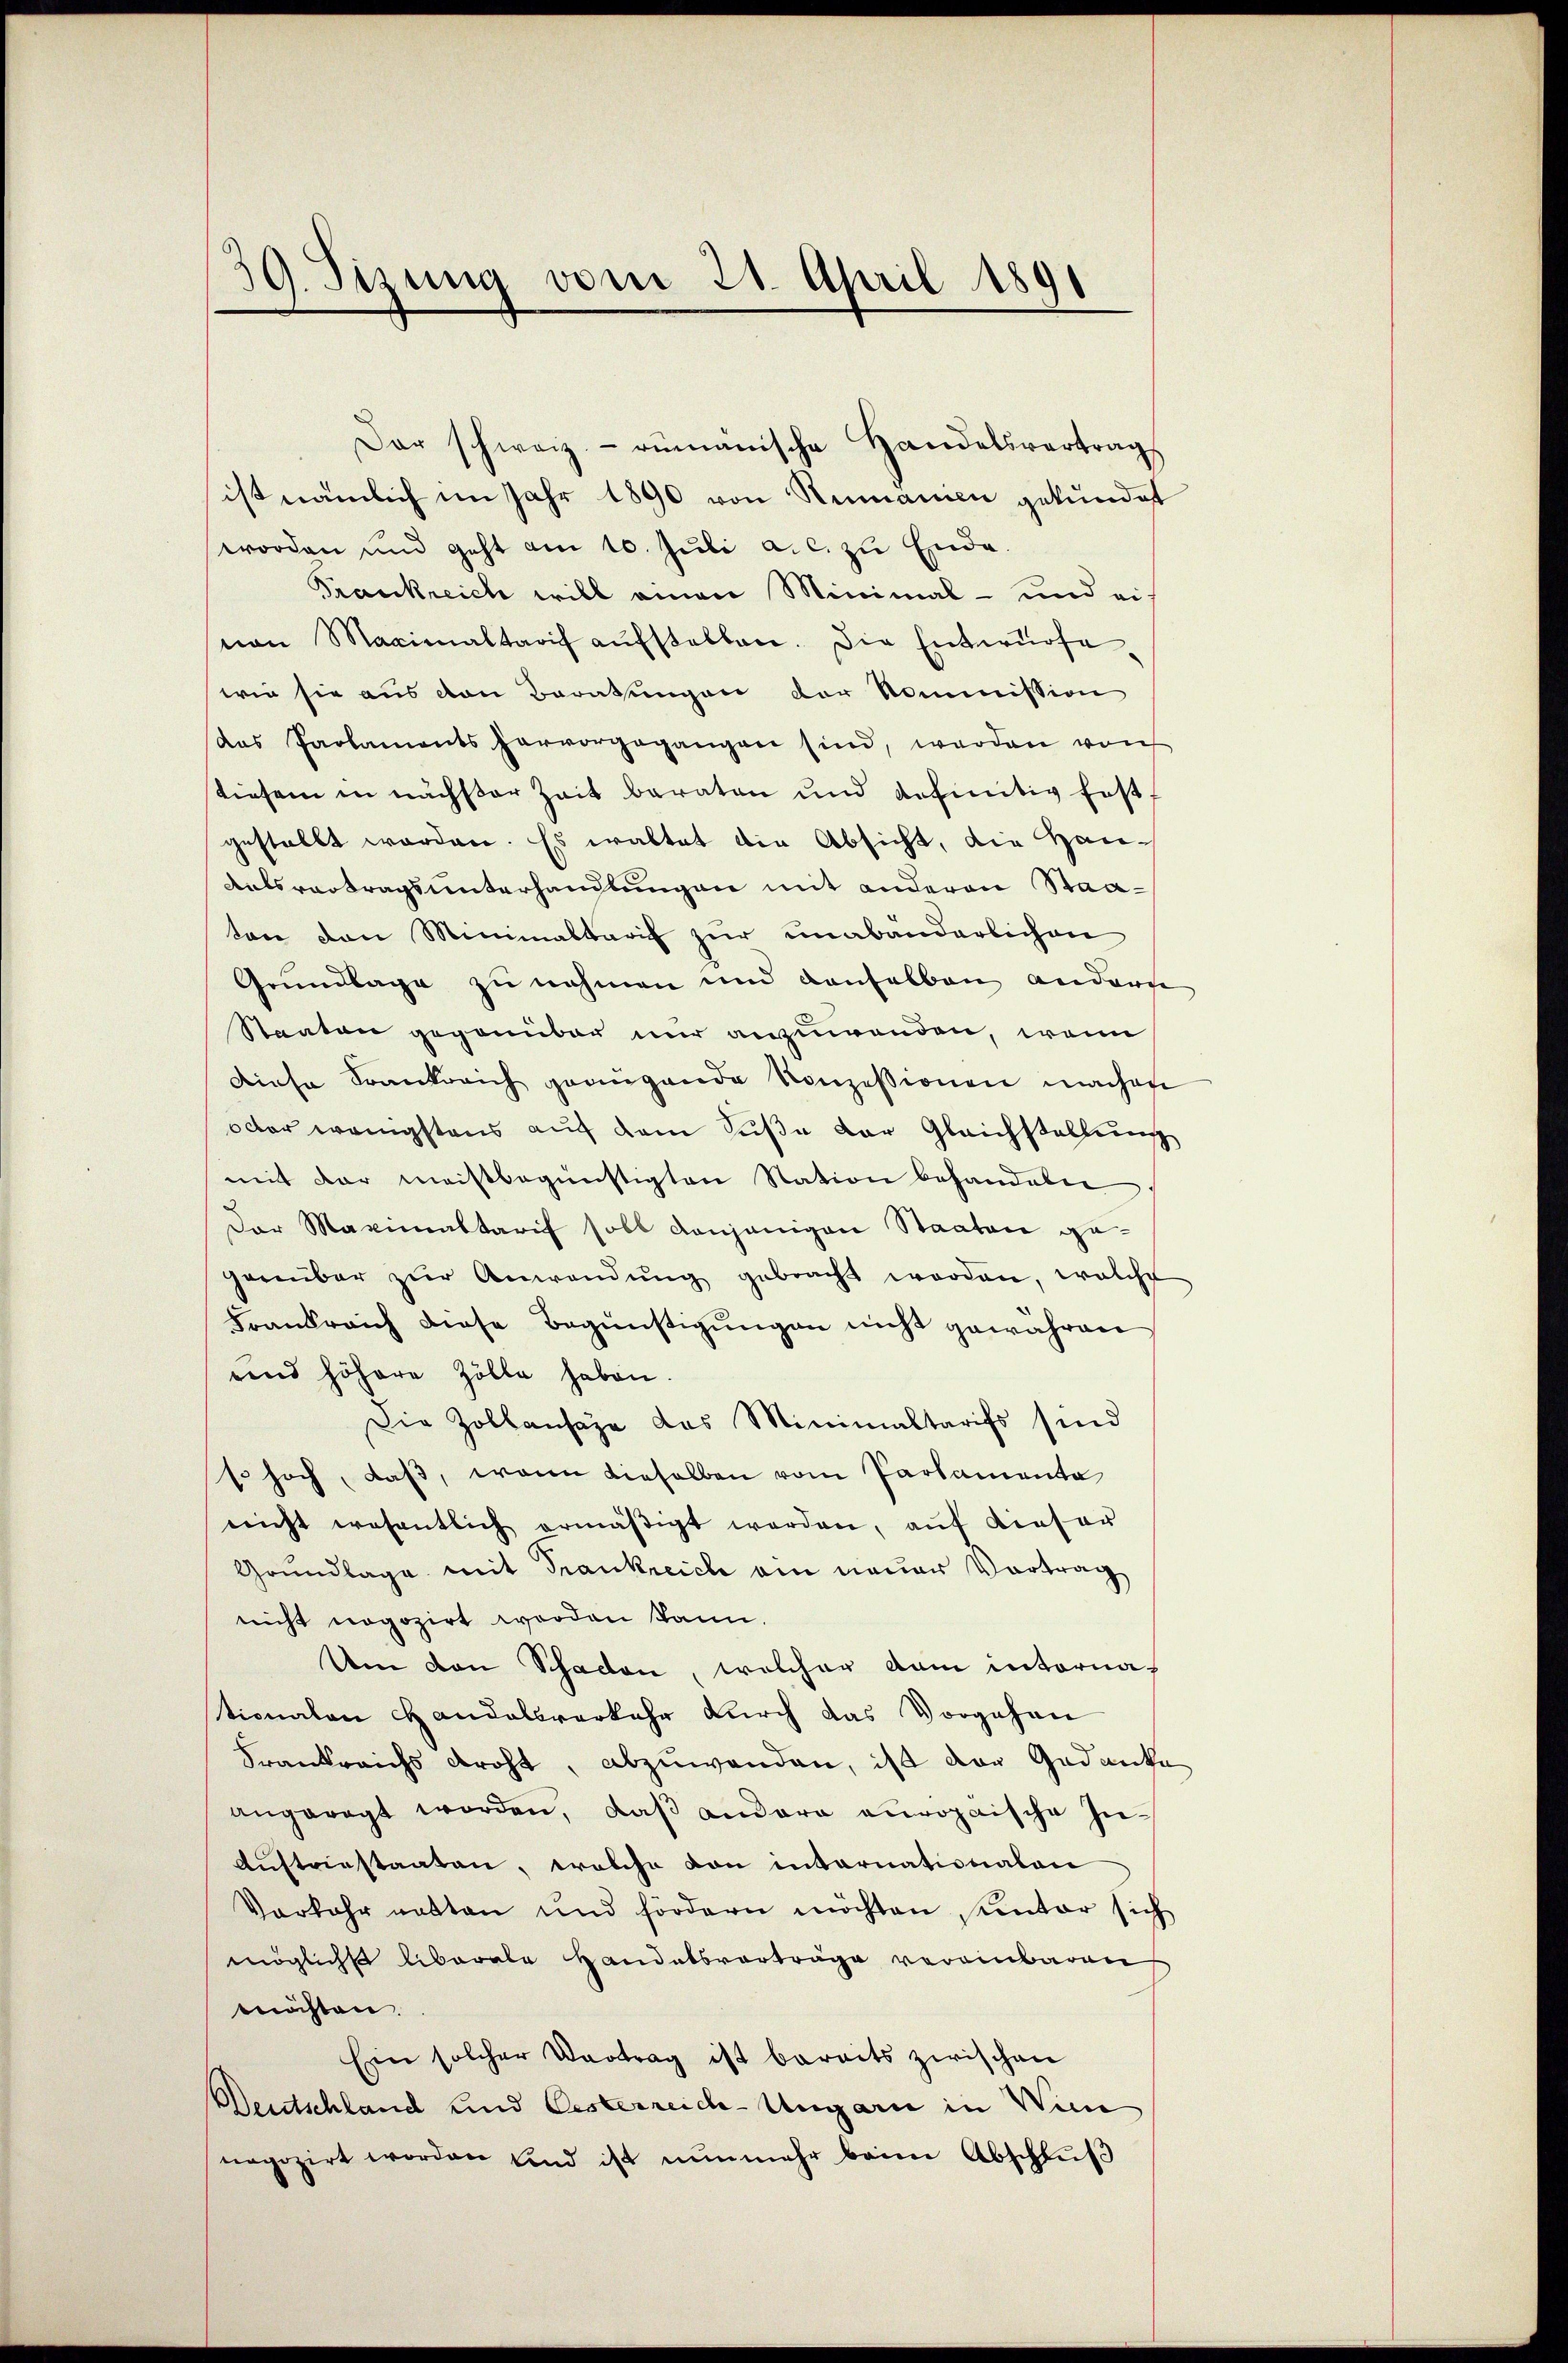
Dar schweiz.- rumänische Handelsvertrags
ist nämlich im Jahr 1890 von Rumannen gekündet
worden und geht am 10. Juli a.c. zu Ende.
Frankreich will einen Minimal- und eivon Maximaltarif aŭfstellen. Die Entwurfe
wie sie aus den Beratungen der Kommission
das Parlaments hervorgegangen sind, werden von
tiesen in nächster Zeit beraten und definitiv festgestellt worden. Es waltet die Absicht, die Han¬
Antsvortragsunterhandlungen mit anderen Staaten den Minimaltaris zŭr unabänderlichen
Grundlage zu nehmen und denselben andern
Staaten gegenüber nur anzuwenden, wenn
Diese Frankreich genügende Konzessionen machen
octor wenigstens auf dem Süβe der Gleichstellŭng
mit der meistbegünstigten Nation behandeln
Der Maximaltarif soll denjenigen Staaten gegenüber zŭr Anwendung gebracht worden, welche
Frankreich diese Begünstigungen nicht gewähren
und höhere Zölle haben.
Die Zollansage das Minimaltarifs sind
so hoch, daß, wenn dieselben vom Parlamente
.
nicht wesentlich ermäβigt werden, aŭf dieser
Grundlage mit Frankreich am neuer Vortrag
nicht nogozirt worden kann.
Um den Schaden, welcher dem intorna-
tionalen Handelsverkehr durch das Vorgehen
Frankreichs droht, abzuwanden, ist der Gedanke
angeregt worden, daß andere europaische In¬
Austriestaaten, welche von internationalen
Vorkehr netten und fördern möchten unter sich
mögliche liberale Handelsvorträge vereinbaren
möchten.
Ein solcher Vortrag ist bereits zwischen
Deutschland und Oesterreich-Ungarn in Wien
negozirt worden und ist nŭnmehr beim Abschlŭβ

39. Sizung vom 21. April 1891